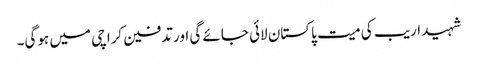
شہید اریب کی میت پاکستان لائی جائے گی اور تدفین کراچی میں ہوگی۔